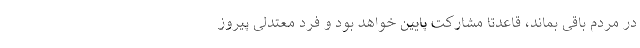
در مردم باقی بماند، قاعدتا مشارکت پایین خواهد بود و فرد معتدلی پیروز